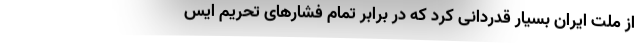
از ملت ایران بسیار قدردانی کرد که در برابر تمام فشارهای تحریم ایس